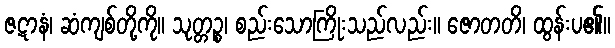
ဇဋာနံ၊ ဆံကျစ်တို့ကို။ သုတ္တဉ္စ၊ စည်းသောကြိုးသည်လည်း။ ဇောတတိ၊ ထွန်းပ၏။